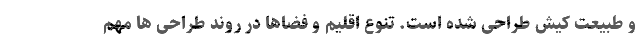
و طبیعت کیش طراحی شده است. تنوع اقلیم و فضاها در روند طراحی ها مهم